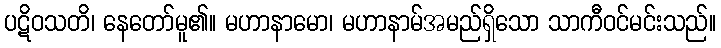
ပဋိဝသတိ၊ နေတော်မူ၏။ မဟာနာမော၊ မဟာနာမ်အမည်ရှိသော သာကီဝင်မင်းသည်။